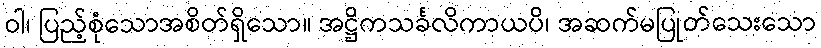
ဝါ၊ ပြည့်စုံသောအစိတ်ရှိသော။ အဋ္ဌိကသင်္ခလိကာယပိ၊ အဆက်မပြုတ်သေးသော